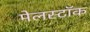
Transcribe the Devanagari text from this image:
मेलस्टॉक